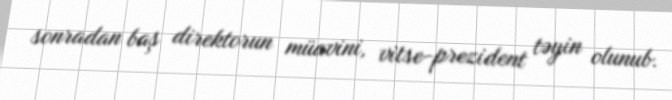
sonradan baş direktorun müavini, vitse-prezident təyin olunub.